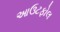
આઉટફોલ